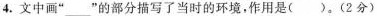
4.文中画”___”的部分描写了当时的环境，作用是( )。(2分)